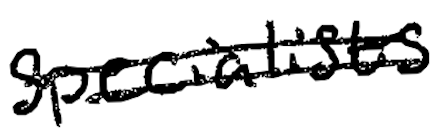
Text: specialists
Cross-out: mix
Writing tool: digital_black